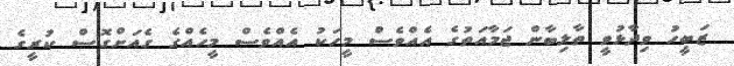
ޒަބީހު ވިދާޅުވީ ތާލިބާން ޖަމާއަތުގެ އެއްވެސް މީހަކު އެއްވެސް މީހެއްގެ ގެއަށްގޮސް ކުރީގެ